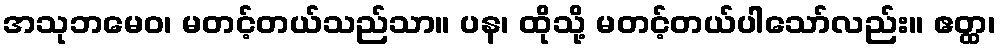
အသုဘမေဝ၊ မတင့်တယ်သည်သာ။ ပန၊ ထိုသို့ မတင့်တယ်ပါသော်လည်း။ ဧတ္ထ၊